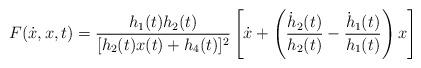
LaTeX: \begin{align*}F (\dot{x},x,t) = \frac{h_1(t) h_2(t)}{[h_2(t)x(t)+h_4(t)]^2} \left [\dot x + \left ( \frac{\dot {h}_2(t)}{h_2(t)} - \frac{\dot {h}_1(t)}{h_1(t)}\right ) x \right ]\end{align*}